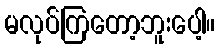
မလုပ်ကြတော့ဘူးပေါ့။